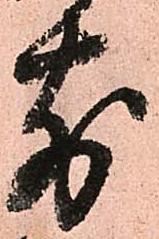
前